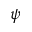
\psi